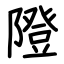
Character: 隥